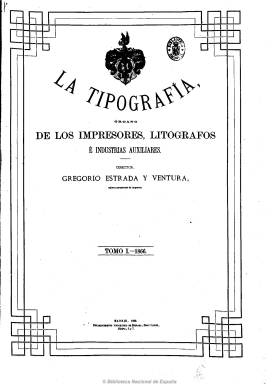
Título: La Tipografía (Madrid. 1866)
Colección: Artes gráficas
Ámbito geográfico: Madrid
Lugar de publicación: Madrid
Fechas: 01/01/1866-31/12/1869

Periódico especializado con el subtítulo de “órgano de los impresores, litógrafos e industrias auxiliares”,  que nace para “levantar la Imprenta española a la misma o mayor altura que alcanzan las más afortunadas del extranjero” y a semejanza a los periódicos del mismo carácter técnico y artístico que se publican en otras capitales europeas.

Su director-propietario es el cajista y editor Gregorio Estrada y Ventura, propietario del madrileño Establecimiento Tipográfico Estrada, Díaz y López, quien en un artículo recibirá gratamente la Revolución Septembrina de 1868.  De periodicidad mensual y de 8 a 18 páginas por número.

La publicación señala la nómina de más de una treintena de colaboradores literarios, entre los que aparecen Emilio Castelar (1832-1899) o Roque Bárcia (1823-1885), y casi sesenta colaboradores facultativos, entre regentes, correctores, cajistas, impresores, encuadernadores, grabadores o tipógrafos. Entre estos los máximos responsables de la Imprenta Imperial de Viena.

La mayor parte de sus artículos y noticias se refieren a la historia, la industria, la maquinaria, el comercio o la enseñanza de todo lo relacionado con el arte de imprimir y sus técnicas auxiliares, así como a su relación con el mundo de la prensa y el libro. Incluye secciones dedicadas a legislación, a revista de prensa especializada y correspondencia (cartas al editor). Dedica también importante espacio a los anuncios comerciales sobre la materia. Contiene grabados.